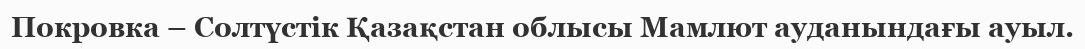
Покровка – Солтүстік Қазақстан облысы Мамлют ауданындағы ауыл.